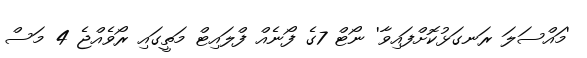
'މައްސަލަ ރަނގަޅުކޮށްފައިވާ' ނޯޓް 7ގެ ފޯނެއް ފްލައިޓް މަތީގައި ރޯވެއްޖެ 4 މަސް